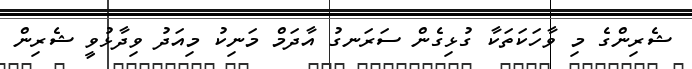
ޝެރިންގެ މި ވާހަކަތަކާ ގުޅިގެން ސަރަނގު އާދަމް މަނިކު މިއަދު ވިދާޅުވީ ޝެރިން